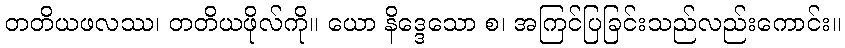
တတိယဖလဿ၊ တတိယဖိုလ်ကို။ ယော နိဒ္ဒေသော စ၊ အကြင်ပြခြင်းသည်လည်းကောင်း။